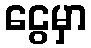
ငွေမှာ